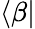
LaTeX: \langle\beta\lvert